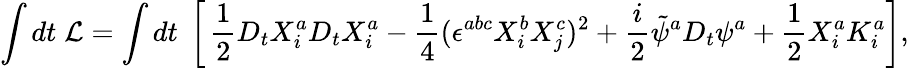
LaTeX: \int dt\; {\cal L}=\int dt\; \left[\, \frac{1}{2}D_{t}X_{i}^{a}D_{t}X_{i}^{a}-\frac{1}{4}(\epsilon^{abc}X_{i}^{b}X_{j}^{c})^{2}+\frac{i}{2}\tilde{\psi}^{a}D_{t}\psi^{a}+\frac{1}{2}X_{i}^{a}K_{i}^{a}\right],